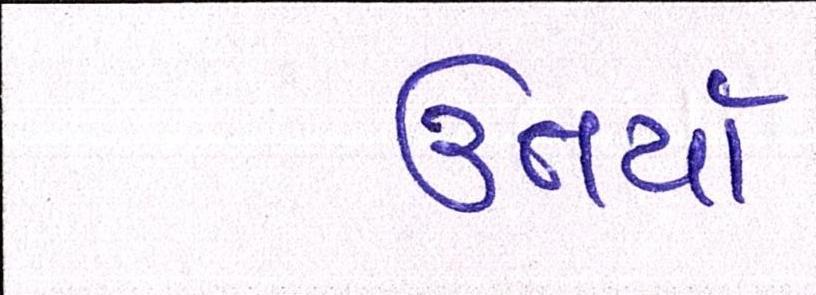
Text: ઉતર્યા